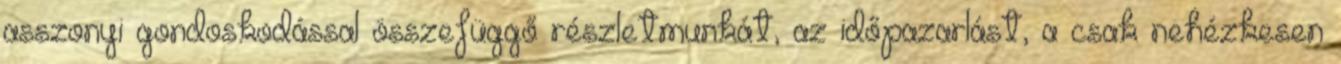
asszonyi gondoskodással összefüggő részletmunkát, az időpazarlást, a csak nehézkesen